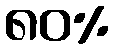
၈၀%